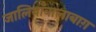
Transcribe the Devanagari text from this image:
जालियाँवालाबाग़